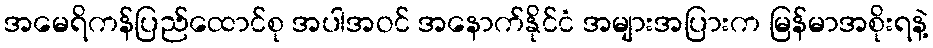
အမေရိကန်ပြည်ထောင်စု အပါအဝင် အနောက်နိုင်ငံ အများအပြားက မြန်မာအစိုးရနဲ့